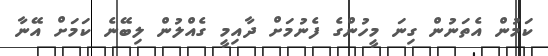
ކަމުން އެތަނުން ގިނަ މީހުންގެ ފެނުމަށް ދާއިމީ ގެއްލުން ލިބޭނެ ކަމަށް އޭނާ